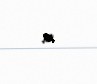
СОТРУДНИЧЕСТВА.